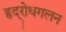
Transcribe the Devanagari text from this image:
हृद्‌रोधगलन